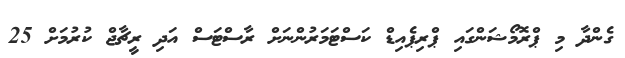
ގެންދާ މި ޕްރޮމޯޝަންގައި ޕްރިޕެއިޑް ކަސްޓަމަރުންނަށް ރާސްޓަސް އަދި ރީޗާޖް ކުރުމަށް 25